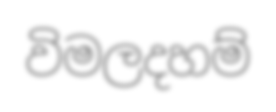
විමලදහම්